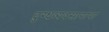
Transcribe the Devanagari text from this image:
दुग्धव्यवसायाचा